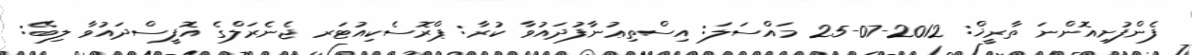
ފެންފުށިއޮންނަ ތާރީޚް: 2012-07-25 މައްސަލަ: އިސްތިޢުނާފުދައުވާ ކުރާ: ޕްރޮސެކިއުޓަރ ޖެނެރަލްގެ އޮފީސްދައުވާ ލިބޭ: